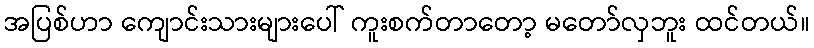
အပြစ်ဟာ ကျောင်းသားများပေါ် ကူးစက်တာတော့ မတော်လှဘူး ထင်တယ်။